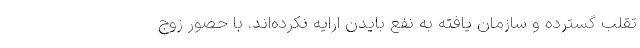
تقلب گسترده و سازمان یافته به نفع بایدن ارایه نکرده‌اند. با حضور زوج